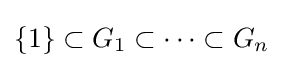
{\textstyle \{1\}\subset G_{1}\subset \cdots \subset G_{n}}